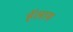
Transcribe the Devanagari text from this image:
हॅलाम